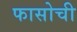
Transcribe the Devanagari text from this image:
फासोची